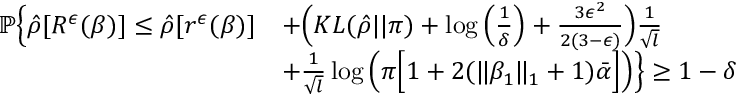
\begin{array} { r l } { \mathbb { P } \Big \{ \hat { \rho } [ R ^ { \epsilon } ( \beta ) ] \leq \hat { \rho } [ r ^ { \epsilon } ( \beta ) ] } & { + \Big ( K L ( \hat { \rho } | | \pi ) + \log \Big ( \frac { 1 } { \delta } \Big ) + \frac { 3 \epsilon ^ { 2 } } { 2 ( 3 - \epsilon ) } \Big ) \frac { 1 } { \sqrt { l } } } \\ & { + \frac { 1 } { \sqrt { l } } \log \Big ( \pi \Big [ 1 + 2 ( \| \beta _ { 1 } \| _ { 1 } + 1 ) \bar { \alpha } \Big ] \Big ) \Big \} \geq 1 - \delta } \end{array}